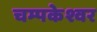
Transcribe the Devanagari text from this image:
चम्पकेश्वर